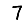
Digit: 7